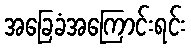
အခြေခံအကြောင်းရင်း